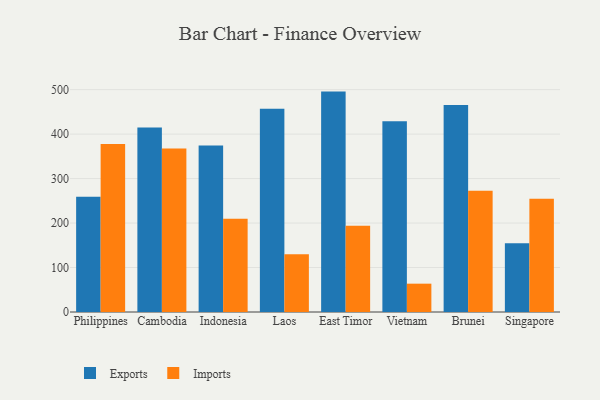
{"axis": {"x": "Country", "y": "Bounce Rate (%)"}, "legend": ["Exports", "Imports"], "data": [{"x": "Philippines", "y": 259.0, "type": "Exports"}, {"x": "Philippines", "y": 378.0, "type": "Imports"}, {"x": "Cambodia", "y": 414.7, "type": "Exports"}, {"x": "Cambodia", "y": 367.9, "type": "Imports"}, {"x": "Indonesia", "y": 374.6, "type": "Exports"}, {"x": "Indonesia", "y": 209.7, "type": "Imports"}, {"x": "Laos", "y": 457.1, "type": "Exports"}, {"x": "Laos", "y": 129.9, "type": "Imports"}, {"x": "East Timor", "y": 495.6, "type": "Exports"}, {"x": "East Timor", "y": 194.0, "type": "Imports"}, {"x": "Vietnam", "y": 428.7, "type": "Exports"}, {"x": "Vietnam", "y": 63.7, "type": "Imports"}, {"x": "Brunei", "y": 465.5, "type": "Exports"}, {"x": "Brunei", "y": 272.5, "type": "Imports"}, {"x": "Singapore", "y": 154.6, "type": "Exports"}, {"x": "Singapore", "y": 254.6, "type": "Imports"}]}